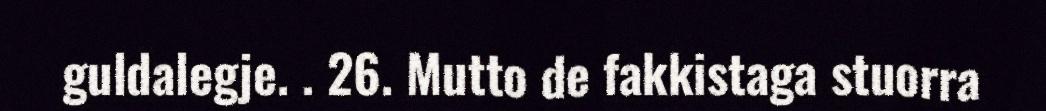
guldalegje. . 26. Mutto de fakkistaga stuorra